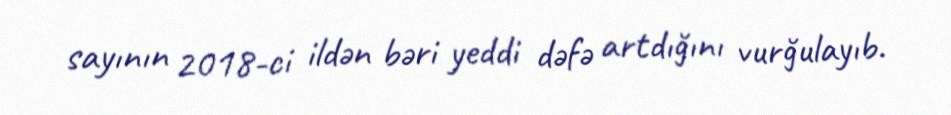
sayının 2018-ci ildən bəri yeddi dəfə artdığını vurğulayıb.